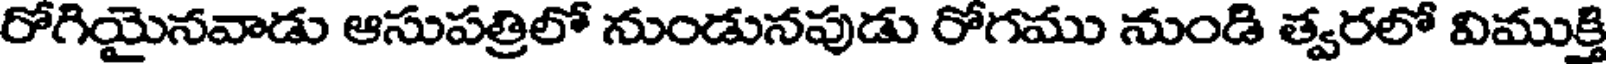
రోగియైనవాడు ఆసుపత్రిలో నుండునపుడు రోగము నుండి త్వరలో విముక్తి